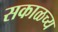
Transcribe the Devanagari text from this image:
सकाळच्य